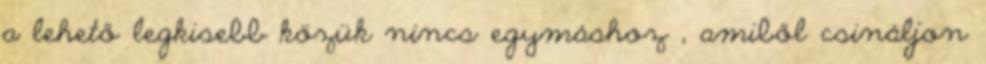
a lehető legkisebb közük nincs egymáshoz , amiből csináljon